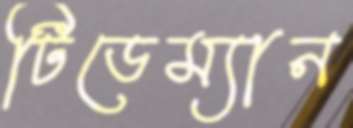
টিডেম্যান